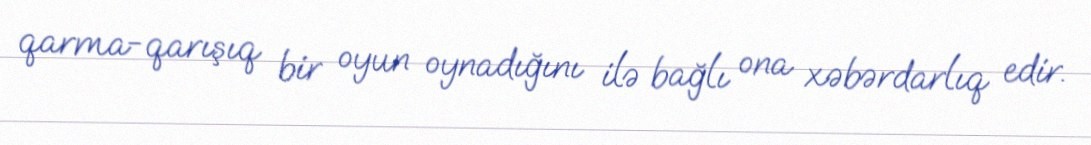
qarma-qarışıq bir oyun oynadığını ilə bağlı ona xəbərdarlıq edir.